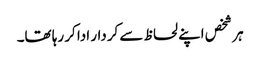
ہر شخص اپنے لحاظ سے کردار ادا کر رہا تھا۔